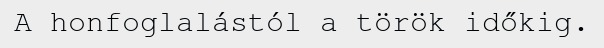
A honfoglalástól a török időkig.